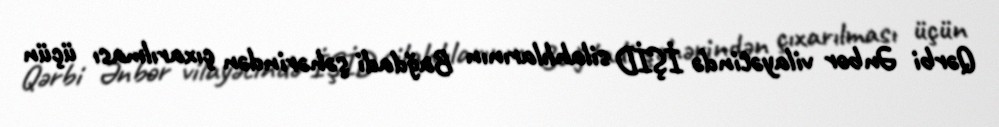
Qərbi Ənbər vilayətində İŞİD silahlılarının Bağdadi şəhərindən çıxarılması üçün